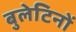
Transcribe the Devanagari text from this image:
बुलेटिनों